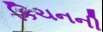
કિચનની